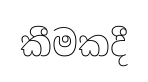
කීමකදී